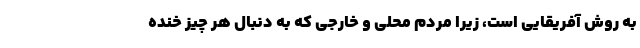
به روش آفریقایی است، زیرا مردم محلی و خارجی که به دنبال هر چیز خنده